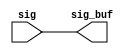
module sctag_min_rptr(
   sig_buf, 
   sig
   );
input	[15:0]	sig;
output	[15:0]	sig_buf;
assign	sig_buf = sig ;
endmodule